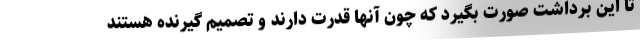
تا این برداشت صورت بگیرد که چون آنها قدرت دارند و تصمیم گیرنده هستند